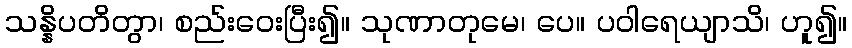
သန္နိပတိတွာ၊ စည်းဝေးပြီး၍။ သုဏာတုမေ၊ ပေ။ ပဝါရေယျာသိ၊ ဟူ၍။